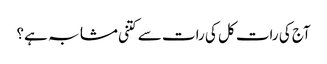
آج کی رات کل کی رات سے کتنی مشابہ ہے؟